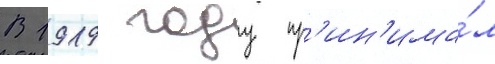
В 1919 году пр'ин'има́л